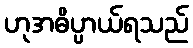
ဟုအဓိပ္ပာယ်ရသည်